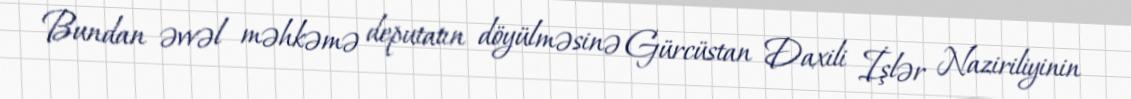
Bundan əvvəl məhkəmə deputatın döyülməsinə Gürcüstan Daxili İşlər Naziriliyinin